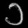
Digit: ၁